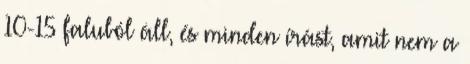
10-15 faluból áll, és minden írást, amit nem a